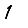
Digit: 1